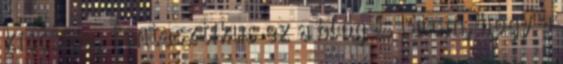
kiscsiga, fantasztikus ez a blog És látom, hogy a